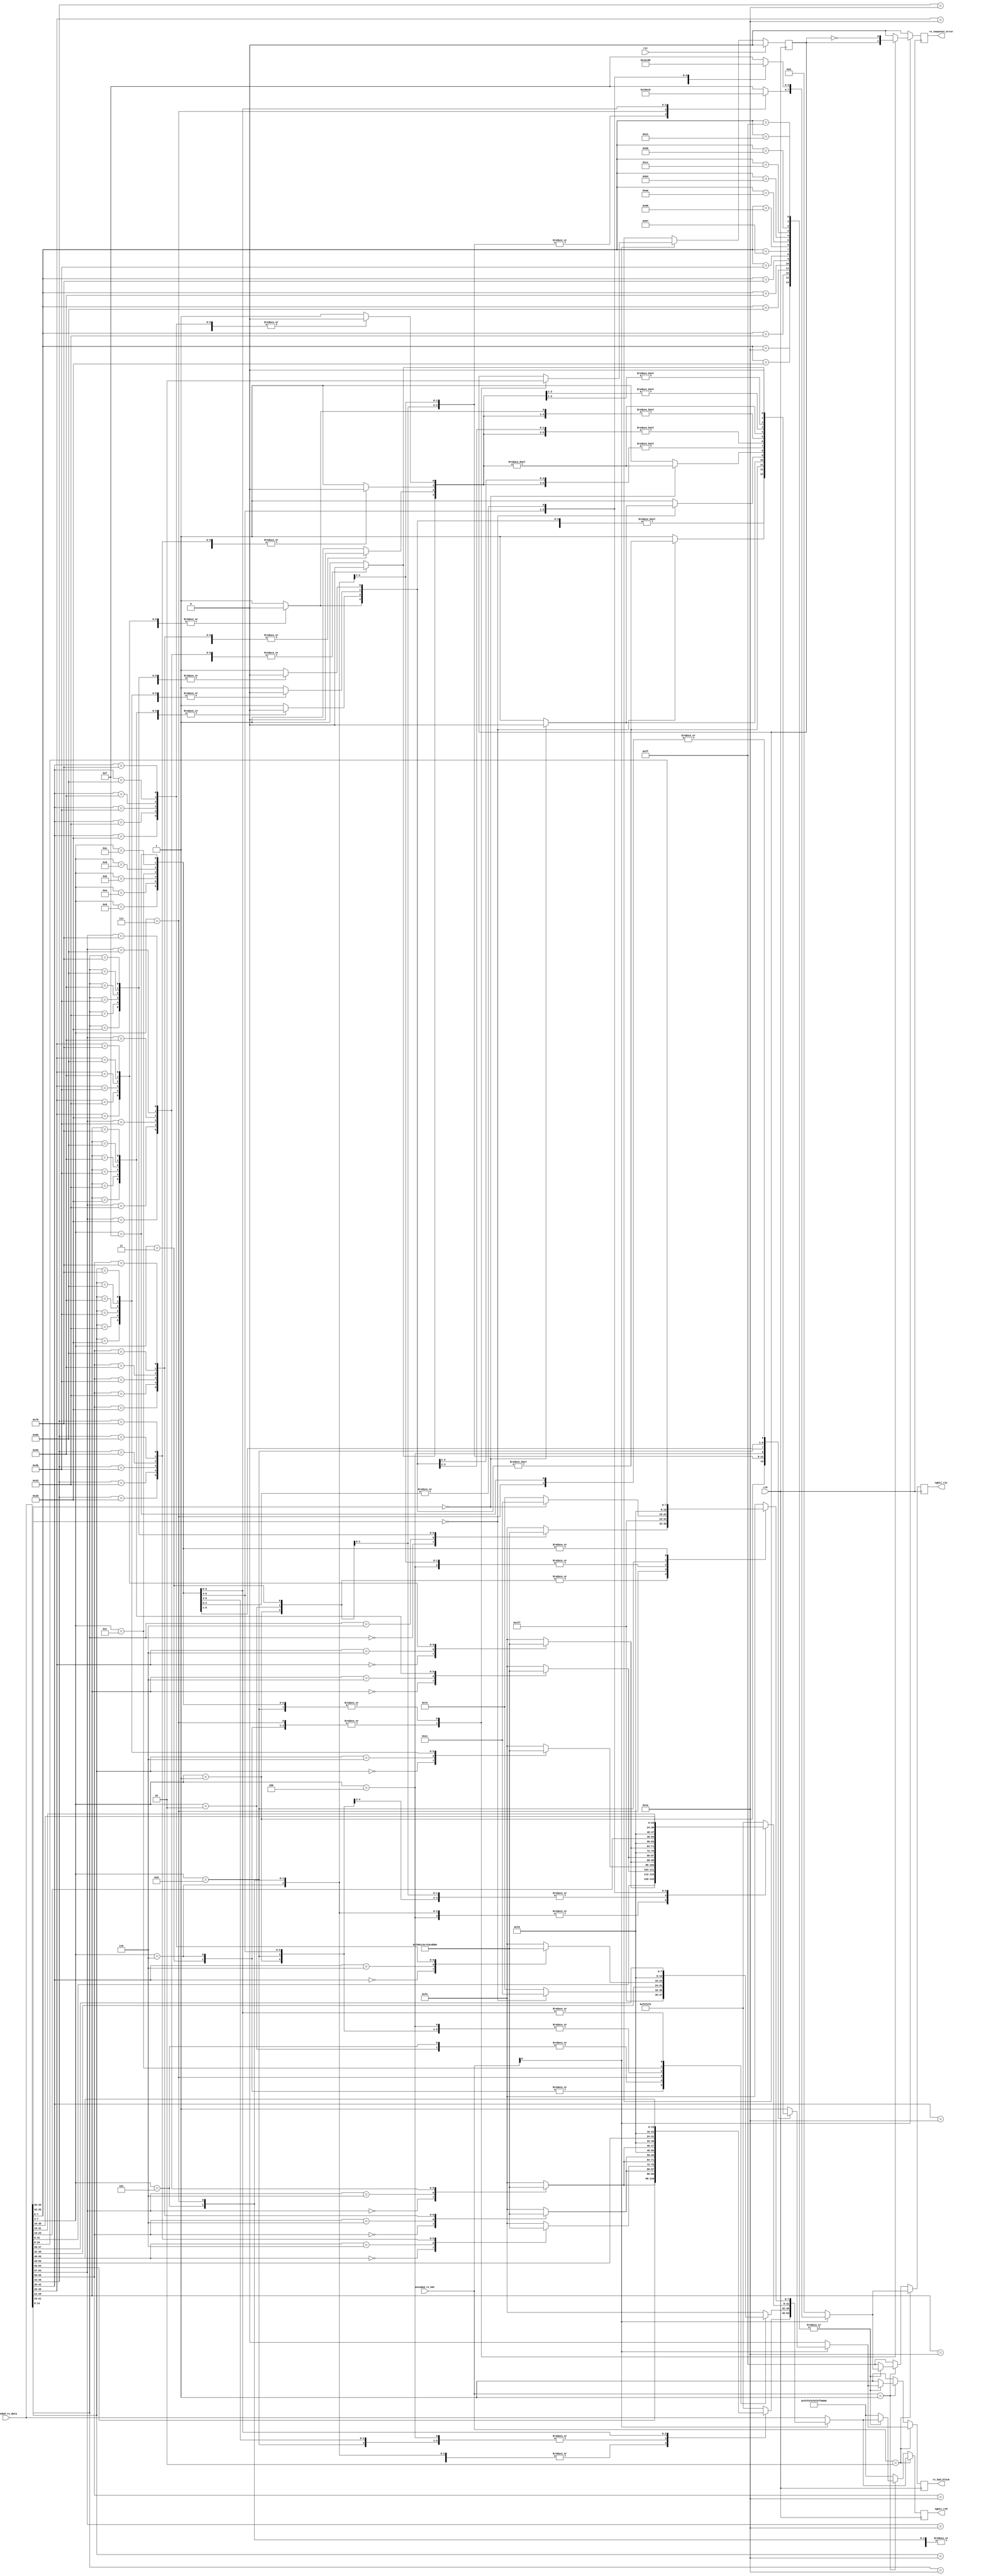
// Language: Verilog 2001

`resetall
`timescale 1ns / 1ps
`default_nettype none

/*
 * XGMII 10GBASE-R decoder
 */
module xgmii_baser_dec_64 #
(
    parameter DATA_WIDTH = 64,			// ancho de datos
    parameter CTRL_WIDTH = (DATA_WIDTH/8),	// ancho de control
    parameter HDR_WIDTH = 2			// ancho de header
)
(
    input  wire                  clk,		// seal de clock
    input  wire                  rst,		// seal de reinicio

    /*
     * 10GBASE-R encoded input
     */
    input  wire [DATA_WIDTH-1:0] encoded_rx_data,	// datos de entrada codificados
    input  wire [HDR_WIDTH-1:0]  encoded_rx_hdr,	// encabezado de entrada codificado

    /*
     * XGMII interface
     */
    output wire [DATA_WIDTH-1:0] xgmii_rxd,		// salida de datos para XGMII
    output wire [CTRL_WIDTH-1:0] xgmii_rxc,		// salida de control para XGMII

    /*
     * Status
     */
    output wire                  rx_bad_block,		// salida de estado para indicar bloques invalidos
    output wire                  rx_sequence_error	// salida de estado para indicar errores de secuencia
);

// bus width assertions
initial begin
    if (DATA_WIDTH != 64) begin
        $error("Error: Interface width must be 64");
        $finish;
    end

    if (CTRL_WIDTH * 8 != DATA_WIDTH) begin
        $error("Error: Interface requires byte (8-bit) granularity");
        $finish;
    end

    if (HDR_WIDTH != 2) begin
        $error("Error: HDR_WIDTH must be 2");
        $finish;
    end
end

localparam [7:0]		// Codigos de control XGMII (tabla 49-1, pagina 11)
    XGMII_IDLE   = 8'h07,	// XGMII Control Code para caracter de control idle
    XGMII_LPI    = 8'h06,	// XGMII Control Code para caracter de control LPI
    XGMII_START  = 8'hfb,	// XGMII Control Code para caracter de control start
    XGMII_TERM   = 8'hfd,	// XGMII Control Code para caracter de control terminate
    XGMII_ERROR  = 8'hfe,	// XGMII Control Code para caracter de control error
    XGMII_SEQ_OS = 8'h9c,	// XGMII Control Code para caracter de control Sequence ordered set
    XGMII_RES_0  = 8'h1c,	// XGMII Control Code para caracter de control reserved0
    XGMII_RES_1  = 8'h3c,	// XGMII Control Code para caracter de control reserved1
    XGMII_RES_2  = 8'h7c,	// XGMII Control Code para caracter de control reserved2
    XGMII_RES_3  = 8'hbc,	// XGMII Control Code para caracter de control reserved3
    XGMII_RES_4  = 8'hdc,	// XGMII Control Code para caracter de control reserved4
    XGMII_RES_5  = 8'hf7,	// XGMII Control Code para caracter de control reserved5
    XGMII_SIG_OS = 8'h5c;	// XGMII Control Code para caracter de control Signal ordered set

localparam [6:0]		// Codigos de Control 10GBASE-R (tabla 49-1, pagina 11)
    CTRL_IDLE  = 7'h00,		// 10GBASE-R Control Code para caracter de control idle
    CTRL_LPI   = 7'h06,		// 10GBASE-R Control Code para caracter de control LPI
    CTRL_ERROR = 7'h1e,		// 10GBASE-R Control Code para caracter de control error
    CTRL_RES_0 = 7'h2d,		// 10GBASE-R Control Code para caracter de control reserved0
    CTRL_RES_1 = 7'h33,		// 10GBASE-R Control Code para caracter de control reserved1
    CTRL_RES_2 = 7'h4b,		// 10GBASE-R Control Code para caracter de control reserved2
    CTRL_RES_3 = 7'h55,		// 10GBASE-R Control Code para caracter de control reserved3
    CTRL_RES_4 = 7'h66,		// 10GBASE-R Control Code para caracter de control reserved4
    CTRL_RES_5 = 7'h78;		// 10GBASE-R Control Code para caracter de control reserved5

localparam [3:0]		// Codigo O 10GBASE-R (tabla 49-1, pagina 11)
    O_SEQ_OS = 4'h0,		// 10GBASE-R O Code para caracter de control Sequence ordered set
    O_SIG_OS = 4'hf;		// 10GBASE-R O Code para caracter de control Signal ordered set

localparam [1:0]
    SYNC_DATA = 2'b10,		// Header de Sincronizacion para bloque de datos (esto no deberia ser al revs?)
    SYNC_CTRL = 2'b01;		// Header de Sincronizacion para bloque de control

localparam [7:0]	// block formarts 64b/66b (figura 49-7, pagina 10)
    BLOCK_TYPE_CTRL     = 8'h1e, // C7 C6 C5 C4 C3 C2 C1 C0 BT
    BLOCK_TYPE_OS_4     = 8'h2d, // D7 D6 D5 O4 C3 C2 C1 C0 BT
    BLOCK_TYPE_START_4  = 8'h33, // D7 D6 D5    C3 C2 C1 C0 BT
    BLOCK_TYPE_OS_START = 8'h66, // D7 D6 D5    O0 D3 D2 D1 BT
    BLOCK_TYPE_OS_04    = 8'h55, // D7 D6 D5 O4 O0 D3 D2 D1 BT
    BLOCK_TYPE_START_0  = 8'h78, // D7 D6 D5 D4 D3 D2 D1    BT
    BLOCK_TYPE_OS_0     = 8'h4b, // C7 C6 C5 C4 O0 D3 D2 D1 BT
    BLOCK_TYPE_TERM_0   = 8'h87, // C7 C6 C5 C4 C3 C2 C1    BT
    BLOCK_TYPE_TERM_1   = 8'h99, // C7 C6 C5 C4 C3 C2    D0 BT
    BLOCK_TYPE_TERM_2   = 8'haa, // C7 C6 C5 C4 C3    D1 D0 BT
    BLOCK_TYPE_TERM_3   = 8'hb4, // C7 C6 C5 C4    D2 D1 D0 BT
    BLOCK_TYPE_TERM_4   = 8'hcc, // C7 C6 C5    D3 D2 D1 D0 BT
    BLOCK_TYPE_TERM_5   = 8'hd2, // C7 C6    D4 D3 D2 D1 D0 BT
    BLOCK_TYPE_TERM_6   = 8'he1, // C7    D5 D4 D3 D2 D1 D0 BT
    BLOCK_TYPE_TERM_7   = 8'hff; //    D6 D5 D4 D3 D2 D1 D0 BT

reg [DATA_WIDTH-1:0] decoded_ctrl;	// registro para almacenar control decodificado
reg [CTRL_WIDTH-1:0] decode_err;	// registro para almacenar errores en decodificacion

reg [DATA_WIDTH-1:0] xgmii_rxd_reg = {DATA_WIDTH{1'b0}}, xgmii_rxd_next;	// registro para almacenar la salida de datos de XGMII
reg [CTRL_WIDTH-1:0] xgmii_rxc_reg = {CTRL_WIDTH{1'b0}}, xgmii_rxc_next;	// registro para almacenar la salida de control de XGMII

reg rx_bad_block_reg = 1'b0, rx_bad_block_next;			// registro para almacenar el estado de bloques incorrectos
reg rx_sequence_error_reg = 1'b0, rx_sequence_error_next;	// registro para almacenar el estado de errores de secuencia
reg frame_reg = 1'b0, frame_next;				// registro para indicar el inicio de un nuevo marco de datos

assign xgmii_rxd = xgmii_rxd_reg;	// asignamos las salidas a sus respectivos registros
assign xgmii_rxc = xgmii_rxc_reg;

assign rx_bad_block = rx_bad_block_reg;
assign rx_sequence_error = rx_sequence_error_reg;

integer i;

always @* begin
    xgmii_rxd_next = {8{XGMII_ERROR}};		// el siguiente valor de salida de datos es 8 veces XGMII_ERROR (error en la transmision)
    xgmii_rxc_next = 8'hff;			// el siguiente valor de salida de control es FF (valor de control predeterminado o invalido)
    rx_bad_block_next = 1'b0;			// inicializa el registro de estado de error a 0
    rx_sequence_error_next = 1'b0;		// inicializa el registro de error de secuencia en 0
    frame_next = frame_reg;			// asigna el siguiente frame al actual frame

    for (i = 0; i < CTRL_WIDTH; i = i + 1) begin	// se iteran sobre los bytes de encoded_rx_data para decodificar el control correspondiente para cada byte
        case (encoded_rx_data[7*i+8 +: 7])
            CTRL_IDLE: begin
                decoded_ctrl[8*i +: 8] = XGMII_IDLE;
                decode_err[i] = 1'b0;
            end
            CTRL_LPI: begin
                decoded_ctrl[8*i +: 8] = XGMII_LPI;
                decode_err[i] = 1'b0;
            end
            CTRL_ERROR: begin
                decoded_ctrl[8*i +: 8] = XGMII_ERROR;
                decode_err[i] = 1'b0;
            end
            CTRL_RES_0: begin
                decoded_ctrl[8*i +: 8] = XGMII_RES_0;
                decode_err[i] = 1'b0;
            end
            CTRL_RES_1: begin
                decoded_ctrl[8*i +: 8] = XGMII_RES_1;
                decode_err[i] = 1'b0;
            end
            CTRL_RES_2: begin
                decoded_ctrl[8*i +: 8] = XGMII_RES_2;
                decode_err[i] = 1'b0;
            end
            CTRL_RES_3: begin
                decoded_ctrl[8*i +: 8] = XGMII_RES_3;
                decode_err[i] = 1'b0;
            end
            CTRL_RES_4: begin
                decoded_ctrl[8*i +: 8] = XGMII_RES_4;
                decode_err[i] = 1'b0;
            end
            CTRL_RES_5: begin
                decoded_ctrl[8*i +: 8] = XGMII_RES_5;
                decode_err[i] = 1'b0;
            end
            default: begin
                decoded_ctrl[8*i +: 8] = XGMII_ERROR;
                decode_err[i] = 1'b1;
            end
        endcase
    end

    // use only four bits of block type for reduced fanin
    if (encoded_rx_hdr[0] == 0) begin		// si el bit mas significativo del encabezado es cero, se trata de un bloque de datos
        xgmii_rxd_next = encoded_rx_data;	// se actualiza xgmii_rxd
        xgmii_rxc_next = 8'h00;			// se reinicia xgmii_rxc
        rx_bad_block_next = 1'b0;		// se reomocoa rx_bad_block
    end else begin				// si el bit mas significativo del encabezado no es cero, se trata de un bloque de control
        case (encoded_rx_data[7:4])		// se determina el tipo de bloque de control y se realiza la decodificacion correspondiente
            BLOCK_TYPE_CTRL[7:4]: begin
                // C7 C6 C5 C4 C3 C2 C1 C0 BT
                xgmii_rxd_next = decoded_ctrl;
                xgmii_rxc_next = 8'hff;
                rx_bad_block_next = decode_err != 0;
            end
            BLOCK_TYPE_OS_4[7:4]: begin
                // D7 D6 D5 O4 C3 C2 C1 C0 BT
                xgmii_rxd_next[31:0] = decoded_ctrl[31:0];
                xgmii_rxc_next[3:0] = 4'hf;
                xgmii_rxd_next[63:40] = encoded_rx_data[63:40];
                xgmii_rxc_next[7:4] = 4'h1;
                if (encoded_rx_data[39:36] == O_SEQ_OS) begin
                    xgmii_rxd_next[39:32] = XGMII_SEQ_OS;
                    rx_bad_block_next = decode_err[3:0] != 0;
                end else begin
                    xgmii_rxd_next[39:32] = XGMII_ERROR;
                    rx_bad_block_next = 1'b1;
                end
            end
            BLOCK_TYPE_START_4[7:4]: begin
                // D7 D6 D5    C3 C2 C1 C0 BT
                xgmii_rxd_next = {encoded_rx_data[63:40], XGMII_START, decoded_ctrl[31:0]};
                xgmii_rxc_next = 8'h1f;
                rx_bad_block_next = decode_err[3:0] != 0;
                rx_sequence_error_next = frame_reg;
                frame_next = 1'b1;
            end
            BLOCK_TYPE_OS_START[7:4]: begin
                // D7 D6 D5    O0 D3 D2 D1 BT
                xgmii_rxd_next[31:8] = encoded_rx_data[31:8];
                xgmii_rxc_next[3:0] = 4'hf;
                if (encoded_rx_data[35:32] == O_SEQ_OS) begin
                    xgmii_rxd_next[7:0] = XGMII_SEQ_OS;
                    rx_bad_block_next = 1'b0;
                end else begin
                    xgmii_rxd_next[7:0] = XGMII_ERROR;
                    rx_bad_block_next = 1'b1;
                end
                xgmii_rxd_next[63:32] = {encoded_rx_data[63:40], XGMII_START};
                xgmii_rxc_next[7:4] = 4'h1;
                rx_sequence_error_next = frame_reg;
                frame_next = 1'b1;
            end
            BLOCK_TYPE_OS_04[7:4]: begin
                // D7 D6 D5 O4 O0 D3 D2 D1 BT
                rx_bad_block_next = 1'b0;
                xgmii_rxd_next[31:8] = encoded_rx_data[31:8];
                xgmii_rxc_next[3:0] = 4'h1;
                if (encoded_rx_data[35:32] == O_SEQ_OS) begin
                    xgmii_rxd_next[7:0] = XGMII_SEQ_OS;
                end else begin
                    xgmii_rxd_next[7:0] = XGMII_ERROR;
                    rx_bad_block_next = 1'b1;
                end
                xgmii_rxd_next[63:40] = encoded_rx_data[63:40];
                xgmii_rxc_next[7:4] = 4'h1;
                if (encoded_rx_data[39:36] == O_SEQ_OS) begin
                    xgmii_rxd_next[39:32] = XGMII_SEQ_OS;
                end else begin
                    xgmii_rxd_next[39:32] = XGMII_ERROR;
                    rx_bad_block_next = 1'b1;
                end
            end
            BLOCK_TYPE_START_0[7:4]: begin
                // D7 D6 D5 D4 D3 D2 D1    BT
                xgmii_rxd_next = {encoded_rx_data[63:8], XGMII_START};
                xgmii_rxc_next = 8'h01;
                rx_bad_block_next = 1'b0;
                rx_sequence_error_next = frame_reg;
                frame_next = 1'b1;
            end
            BLOCK_TYPE_OS_0[7:4]: begin
                // C7 C6 C5 C4 O0 D3 D2 D1 BT
                xgmii_rxd_next[31:8] = encoded_rx_data[31:8];
                xgmii_rxc_next[3:0] = 4'h1;
                if (encoded_rx_data[35:32] == O_SEQ_OS) begin
                    xgmii_rxd_next[7:0] = XGMII_SEQ_OS;
                    rx_bad_block_next = decode_err[7:4] != 0;
                end else begin
                    xgmii_rxd_next[7:0] = XGMII_ERROR;
                    rx_bad_block_next = 1'b1;
                end
                xgmii_rxd_next[63:32] = decoded_ctrl[63:32];
                xgmii_rxc_next[7:4] = 4'hf;
            end
            BLOCK_TYPE_TERM_0[7:4]: begin
                // C7 C6 C5 C4 C3 C2 C1    BT
                xgmii_rxd_next = {decoded_ctrl[63:8], XGMII_TERM};
                xgmii_rxc_next = 8'hff;
                rx_bad_block_next = decode_err[7:1] != 0;
                rx_sequence_error_next = !frame_reg;
                frame_next = 1'b0;
            end
            BLOCK_TYPE_TERM_1[7:4]: begin
                // C7 C6 C5 C4 C3 C2    D0 BT
                xgmii_rxd_next = {decoded_ctrl[63:16], XGMII_TERM, encoded_rx_data[15:8]};
                xgmii_rxc_next = 8'hfe;
                rx_bad_block_next = decode_err[7:2] != 0;
                rx_sequence_error_next = !frame_reg;
                frame_next = 1'b0;
            end
            BLOCK_TYPE_TERM_2[7:4]: begin
                // C7 C6 C5 C4 C3    D1 D0 BT
                xgmii_rxd_next = {decoded_ctrl[63:24], XGMII_TERM, encoded_rx_data[23:8]};
                xgmii_rxc_next = 8'hfc;
                rx_bad_block_next = decode_err[7:3] != 0;
                rx_sequence_error_next = !frame_reg;
                frame_next = 1'b0;
            end
            BLOCK_TYPE_TERM_3[7:4]: begin
                // C7 C6 C5 C4    D2 D1 D0 BT
                xgmii_rxd_next = {decoded_ctrl[63:32], XGMII_TERM, encoded_rx_data[31:8]};
                xgmii_rxc_next = 8'hf8;
                rx_bad_block_next = decode_err[7:4] != 0;
                rx_sequence_error_next = !frame_reg;
                frame_next = 1'b0;
            end
            BLOCK_TYPE_TERM_4[7:4]: begin
                // C7 C6 C5    D3 D2 D1 D0 BT
                xgmii_rxd_next = {decoded_ctrl[63:40], XGMII_TERM, encoded_rx_data[39:8]};
                xgmii_rxc_next = 8'hf0;
                rx_bad_block_next = decode_err[7:5] != 0;
                rx_sequence_error_next = !frame_reg;
                frame_next = 1'b0;
            end
            BLOCK_TYPE_TERM_5[7:4]: begin
                // C7 C6    D4 D3 D2 D1 D0 BT
                xgmii_rxd_next = {decoded_ctrl[63:48], XGMII_TERM, encoded_rx_data[47:8]};
                xgmii_rxc_next = 8'he0;
                rx_bad_block_next = decode_err[7:6] != 0;
                rx_sequence_error_next = !frame_reg;
                frame_next = 1'b0;
            end
            BLOCK_TYPE_TERM_6[7:4]: begin
                // C7    D5 D4 D3 D2 D1 D0 BT
                xgmii_rxd_next = {decoded_ctrl[63:56], XGMII_TERM, encoded_rx_data[55:8]};
                xgmii_rxc_next = 8'hc0;
                rx_bad_block_next = decode_err[7] != 0;
                rx_sequence_error_next = !frame_reg;
                frame_next = 1'b0;
            end
            BLOCK_TYPE_TERM_7[7:4]: begin
                //    D6 D5 D4 D3 D2 D1 D0 BT
                xgmii_rxd_next = {XGMII_TERM, encoded_rx_data[63:8]};
                xgmii_rxc_next = 8'h80;
                rx_bad_block_next = 1'b0;
                rx_sequence_error_next = !frame_reg;
                frame_next = 1'b0;
            end
            default: begin				// en caso que no corresponda con ningun tipo de bloque, el bloque es invalido y se asignan valores predeterminados de error
                // invalid block type
                xgmii_rxd_next = {8{XGMII_ERROR}};
                xgmii_rxc_next = 8'hff;
                rx_bad_block_next = 1'b1;
            end
        endcase
    end

    // check all block type bits to detect bad encodings, se realiza una verificacion de los bits de tipo de bloque para detectar codificaciones incorrectas
    if (encoded_rx_hdr == SYNC_DATA) begin		// si el encabezado es de datos (no hace nada)
    end else if (encoded_rx_hdr == SYNC_CTRL) begin	// si el encabezado es de control
        case (encoded_rx_data[7:0])			// case de los bits que representan el tipo de bloques
            BLOCK_TYPE_CTRL: begin end			// si coincide con cualquiera de los tipos de bloques predefinidos sale del case indicando que no hay error en el tipo de bloque
            BLOCK_TYPE_OS_4: begin end
            BLOCK_TYPE_START_4: begin end
            BLOCK_TYPE_OS_START: begin end
            BLOCK_TYPE_OS_04: begin end
            BLOCK_TYPE_START_0: begin end
            BLOCK_TYPE_OS_0: begin end
            BLOCK_TYPE_TERM_0: begin end
            BLOCK_TYPE_TERM_1: begin end
            BLOCK_TYPE_TERM_2: begin end
            BLOCK_TYPE_TERM_3: begin end
            BLOCK_TYPE_TERM_4: begin end
            BLOCK_TYPE_TERM_5: begin end
            BLOCK_TYPE_TERM_6: begin end
            BLOCK_TYPE_TERM_7: begin end
            default: begin				// si no coincide con ninguno de los tipos de bloques predefinidos indica error
                // invalid block type
                xgmii_rxd_next = {8{XGMII_ERROR}};
                xgmii_rxc_next = 8'hff;
                rx_bad_block_next = 1'b1;
            end
        endcase
    end else begin					// si el encabezado no es ni de datos ni de control tambien se indica error
        // invalid header
        xgmii_rxd_next = {8{XGMII_ERROR}};
        xgmii_rxc_next = 8'hff;
        rx_bad_block_next = 1'b1;
    end
end

always @(posedge clk) begin		// en cada flanco positivo de clock se actualizan los registros y se verifica si hubo un reset, en cuyo caso el frame pasa a ser 0
    xgmii_rxd_reg <= xgmii_rxd_next;
    xgmii_rxc_reg <= xgmii_rxc_next;

    rx_bad_block_reg <= rx_bad_block_next;
    rx_sequence_error_reg <= rx_sequence_error_next;
    frame_reg <= frame_next;

    if (rst) begin
        frame_reg <= 1'b0;
    end
end

endmodule

`resetall